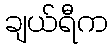
ချယ်ရီက